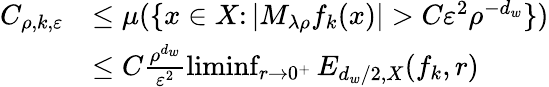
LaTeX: \begin{array}{rl}{C_{\rho,k,\varepsilon}}&{\leq\mu(\{ x\in X\colon|M_{\lambda\rho}f_{k}(x)|>C\varepsilon^{2}\rho^{-d_{w}}\} )}\\ &{\leq C\frac{\rho^{d_{w}}}{\varepsilon^{2}}\operatorname*{liminf}_{r\to 0^{+}}E_{d_{w}/2,X}(f_{k},r)}\end{array}